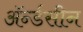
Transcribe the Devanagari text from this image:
ॲर्न्डसीन